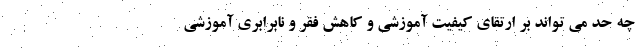
چه حد می تواند بر ارتقای کیفیت آموزشی و کاهش فقر و نابرابری آموزشی